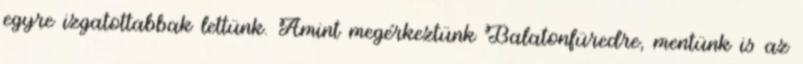
egyre izgatottabbak lettünk. Amint megérkeztünk Balatonfüredre, mentünk is az